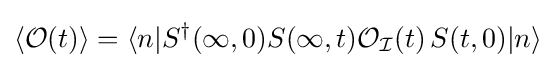
{\begin{aligned}\langle {\mathcal {O}}(t)\rangle &=\langle n|{S}^{\dagger }(\infty ,0)S(\infty ,t){\mathcal {O_{I}}}(t)\,S(t,0)|n\rangle \\\end{aligned}}